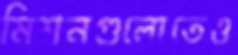
মিশনগুলোতেও